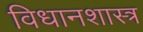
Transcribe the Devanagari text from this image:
विधानशास्त्र